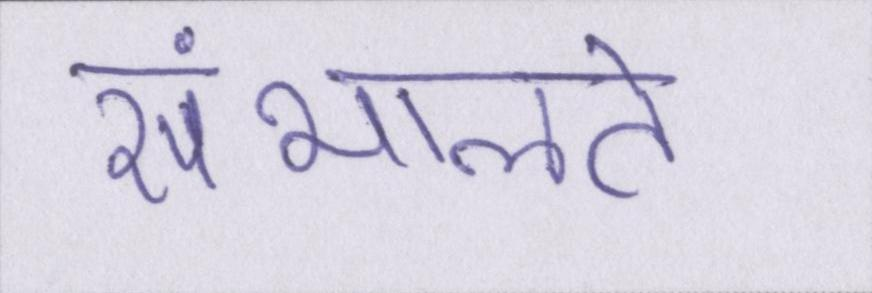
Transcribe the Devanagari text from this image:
संभालते